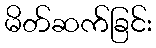
မိတ်ဆက်ခြင်း